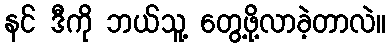
နင် ဒီကို ဘယ်သူ့ တွေ့ဖို့လာခဲ့တာလဲ။